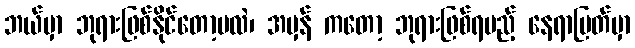
ဘယ်မှာ ဘုရားဖြစ်နိုင်တော့မလဲ၊ အမှန် ကတော့ ဘုရားဖြစ်ရမည့် နေရာမြတ်မှာ